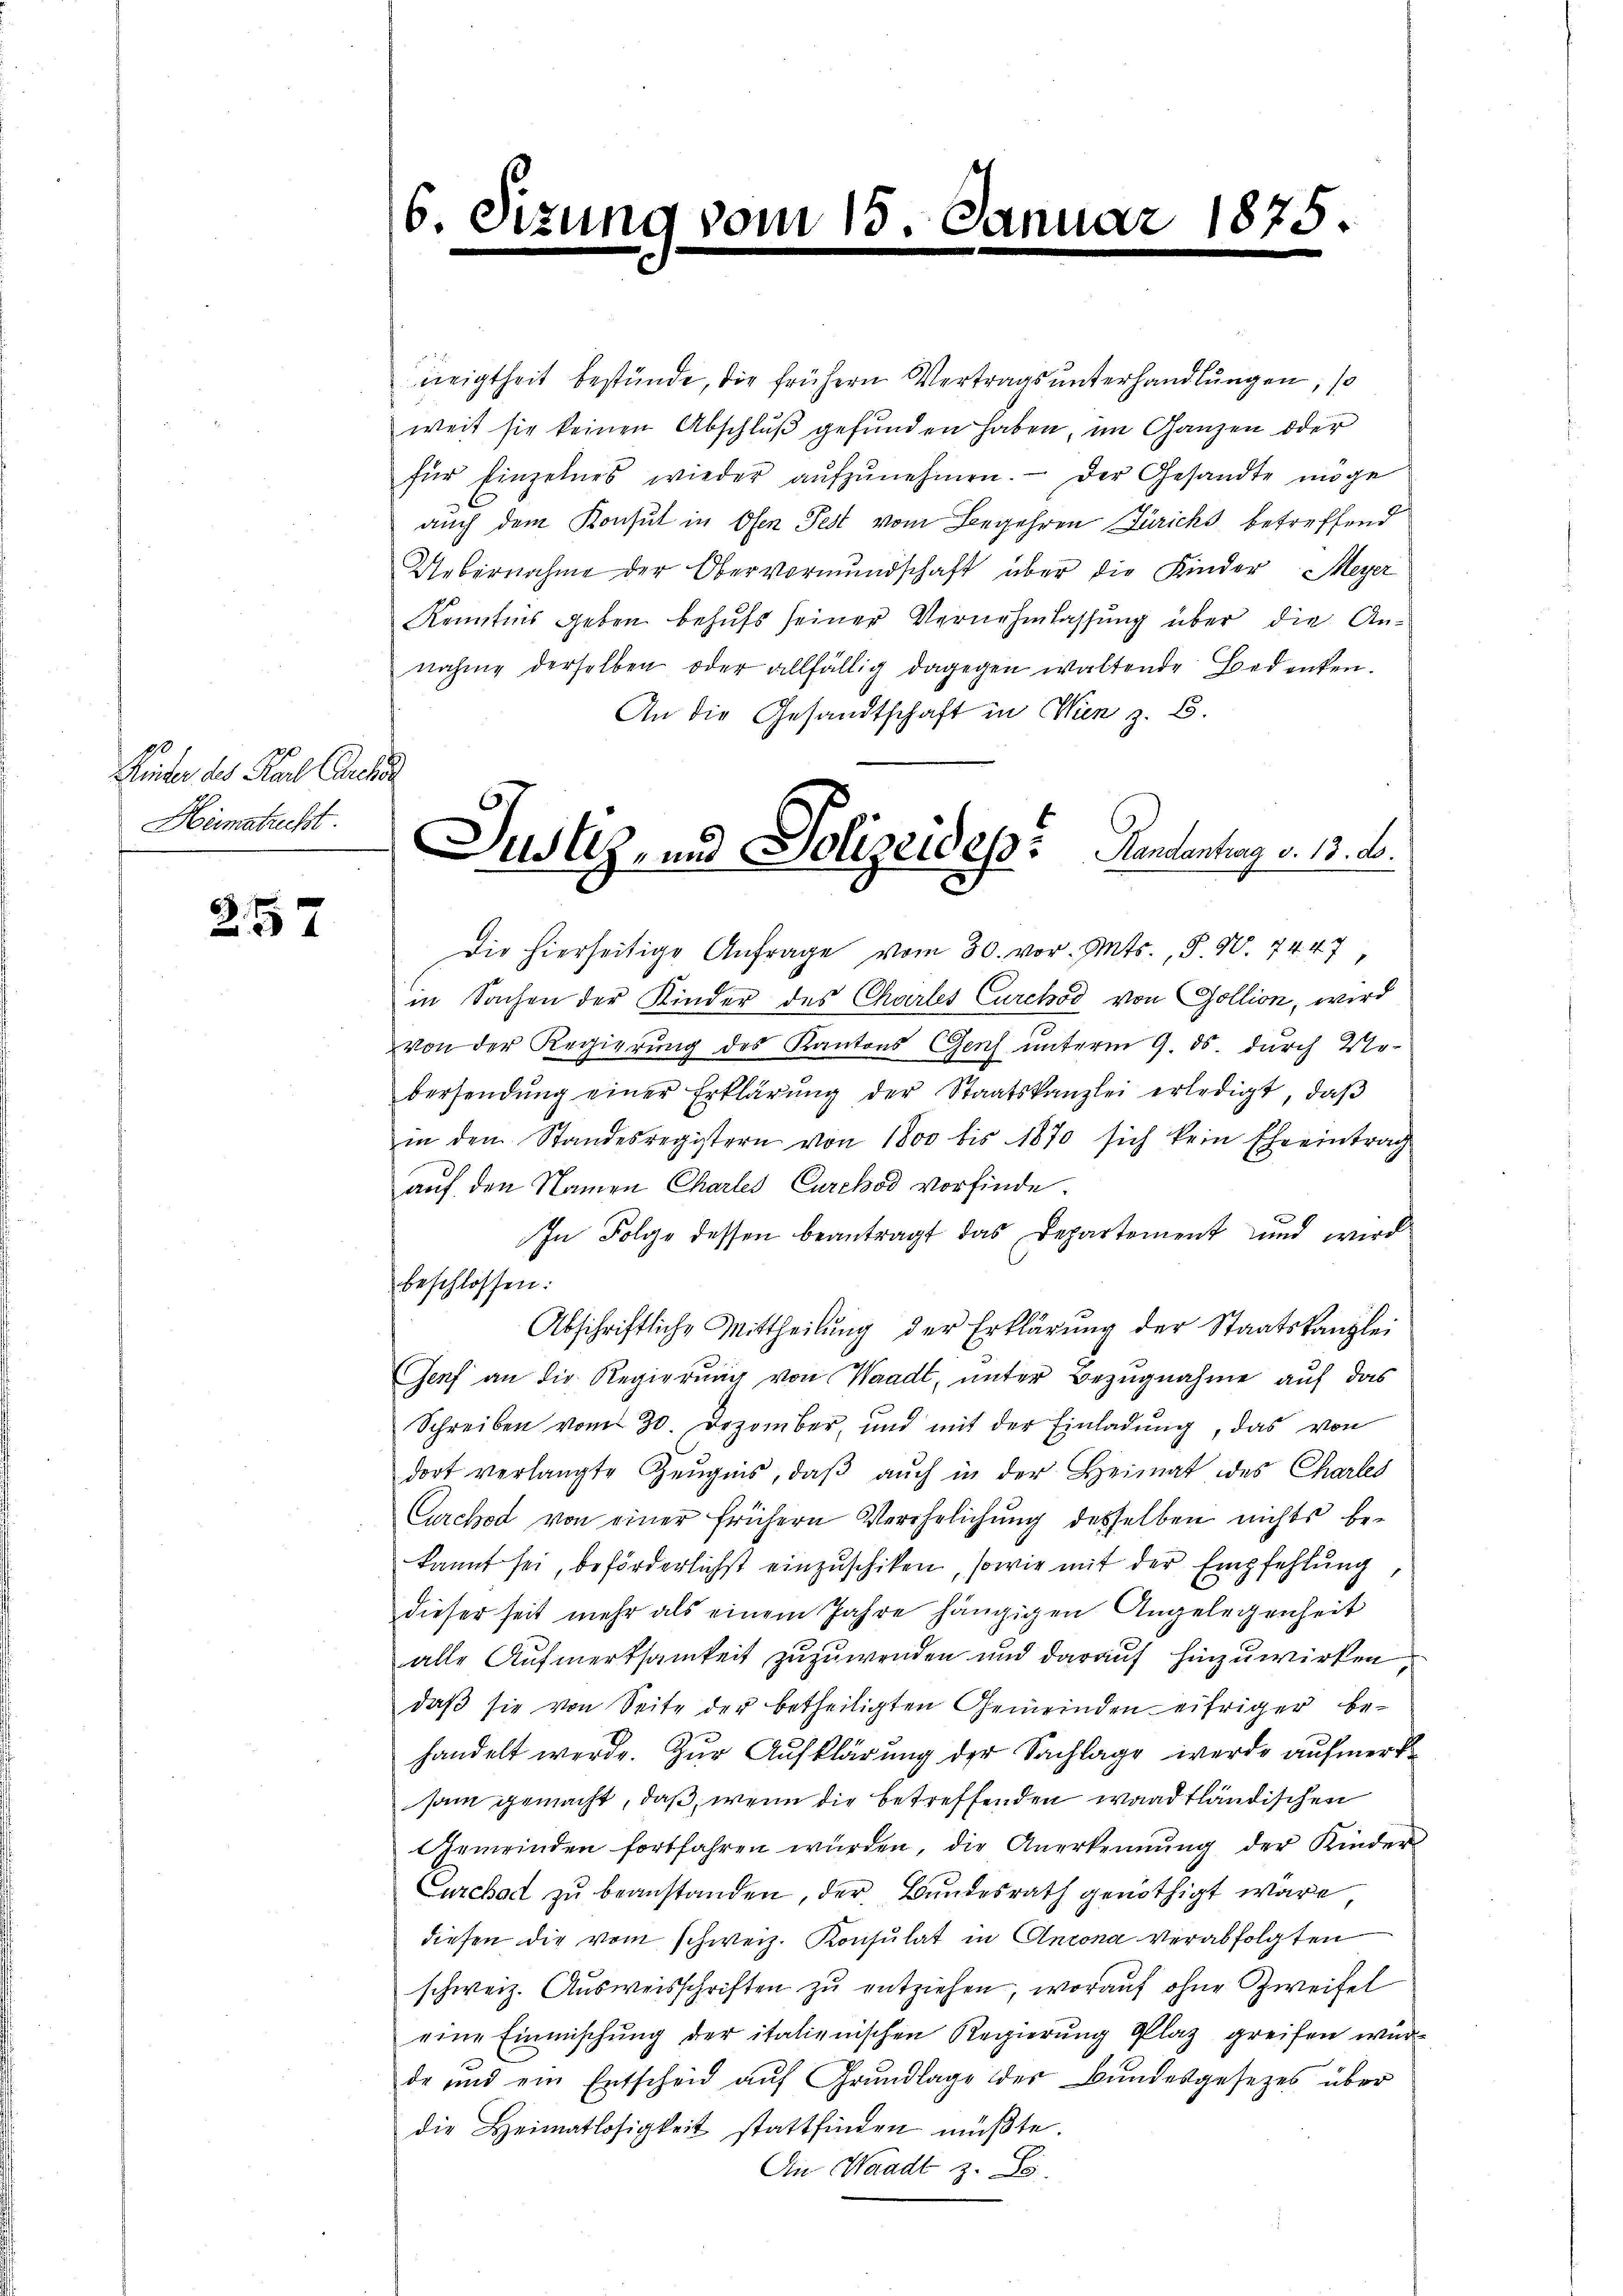
Reiber des Karl Cauch
Heimatrecht

6
57

i

6. Se

zung vom 15. Janu

neigtheit bestünde, die frühern Vertrags unterhandlungen, so
weit sie keinen Abschlŭβ gefunden haben, im Ganzen oder
für Einzelnes wieder aŭfzŭnehmen. Der Gesandte möge
auch dem Konsul in Ofen Pest vom Begehren Zürichs betreffend
Uebernahme der Obervormundschaft über die Kinder Meyer
Kenntnis geben behufs seiner Vernehmlassung über die Annahme derselben oder allfällig dagegen waltende Bedenken.
An die Gesandtschaft in Wien z. B.
Die hierseitige Anfrage vom 30. vor. Mts., § 9. 7447
in Sachen der Kinder des Chartes Curchod von Gollion, wird
von der Regierung des Kantons Genf unterm 9. ds. durch Webersendŭng einer Erklärŭng der Staatskanzlei erledigt, daβ
in dem Standesregistern von 1800 bis 1870 sich kein Eheeintrag
auf den Namen Charles Curchod vorfinde
In Folge dessen beantragt das Departement und wird
beschlossen:
Abschriftliche Mittheilung der Erklärung der Staatskanzlei
Genf an die Regierung von Waadt, unter Bezugnahme auf das
Schreiben vom 30. Dezember und mit der Einladŭng, das von
dort verlangte Zeŭgnis, daβ aŭch in der Heimat des Charles
Curchod von einer frühern Verehelichung desselben nichts bekannt sei, beförderlichst einzuschiken, sowie mit der Empfehlung
dieser seit mehr als einem Jahre hängigen Angelegenheit
alle Aufmerksamkeit zuzuwenden und darauf hinzuwirken,
daβ sie von Seite der betheiligten Gemeinden eifriger behandelt werde. Zur Aufklärung der Sachlage werde aufmerk
sam gemacht, daß, wenn die betreffenden waadtländischen
Gemeinden fortfahren würden, die Anerkennung der Kinder
Curchart zu beanstanden, der Bundesrath genöthigt wäre
diesen die vom schweiz. Konsulat in Anzona verabfolgten
schweiz. Ausweisschriften zu entziehen, worauf ohne Zweifel
eine Einmischung der italienischen Regierung Platz greifen würde und ein Entscheid auf Grundlage der Bundesgesezes über
die Heimatlosigkeit stattfinden müßte.
An Waadt z. B.

Nr 1875.

Justiz- und Polizeides: Handentag v. 13. Ja.